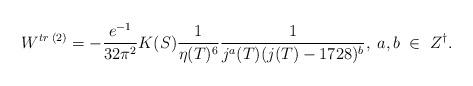
LaTeX: \begin{align*}W^{tr\;(2)} = -\frac{e^{-1}}{32 \pi^2}K(S)\frac{1}{\eta(T)^6} \frac{1}{j^a(T) (j(T)-1728)^b},\;a,b\;\in\;Z^{\dagger}.\end{align*}